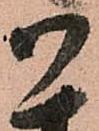
御